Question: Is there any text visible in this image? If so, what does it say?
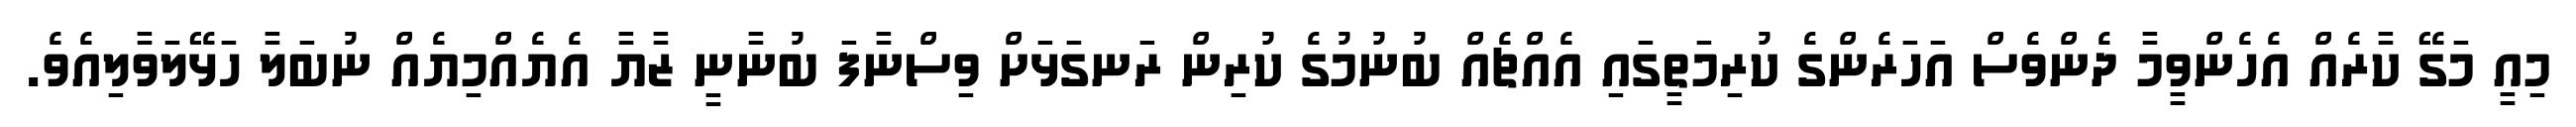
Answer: މިއީ މަގޭ ކާރެއް އެހެންވީމާ ދެންވެސް އަހަރެންގެ ކުރިމަތީގައި އެއްޗެއް ބުނުމުގެ ކުރިން ރަނގަޅަށް ވިސްނާފަ ބުނާނީ ޒާޔާ އެޔެއްމިޔެއް ނުބަލާ ހަޅޭލަވާލިއެވެ.